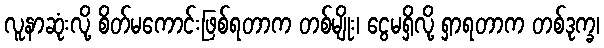
လူနာဆုံးလို့ စိတ်မကောင်းဖြစ်ရတာက တစ်မျိုး၊ ငွေမရှိလို့ ရှာရတာက တစ်ဒုက္ခ၊